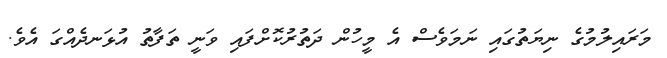
މަރައިލުމުގެ ނިޔަތުގައި ނަމަވެސް އެ މީހުން ދަތުރުކޮށްފައި ވަނީ ތަފާތު އުޅަނދެއްގަ އެވެ.